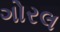
ગોરલ